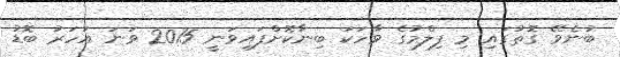
ބުނެވޭ ގޮތުގައި މި ފިލްމުގެ ވާހަކަ ބިނާކޮށްފައިވަނީ 2015 ވަނަ އަހަރު ބޮޑު